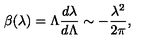
\beta ( \lambda ) = \Lambda \frac { d \lambda } { d \Lambda } \sim - \frac { \lambda ^ { 2 } } { 2 \pi } ,